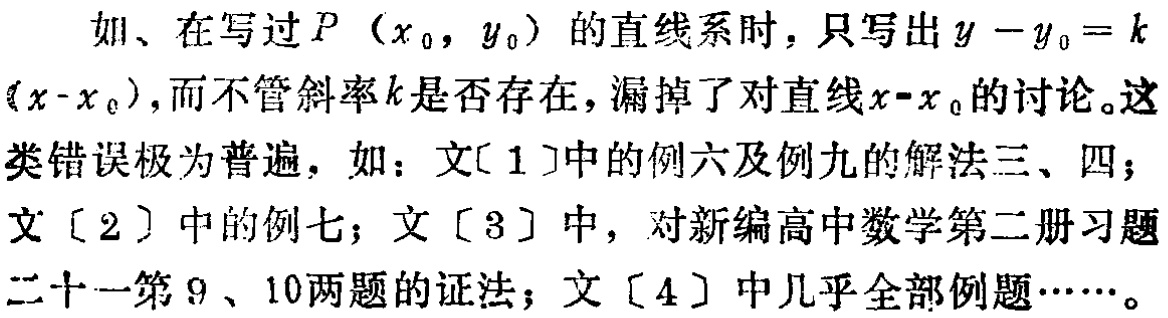
如、在写过\(P(x_0,y_0)\)的直线系时，只写出\(y - y_0 = k(x - x_0)\)，而不管斜率\(k\)是否存在，漏掉了对直线\(x - x_0\)的讨论。这类错误极为普遍，如：文[1]中的例六及例九的解法三、四；文[2]中的例七；文[3]中，对新编高中数学第二册习题二十一第9、10两题的证法；文[4]中几乎全部例题……。